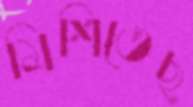
মিশিতেছ